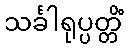
သင်္ခါရုပ္ပတ္တိံ